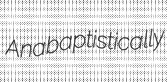
Anabaptistically